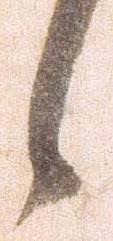
候